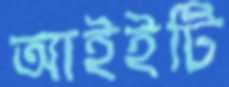
আইইটি